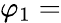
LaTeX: \varphi_{1}=